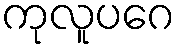
ကုလူပဂေ